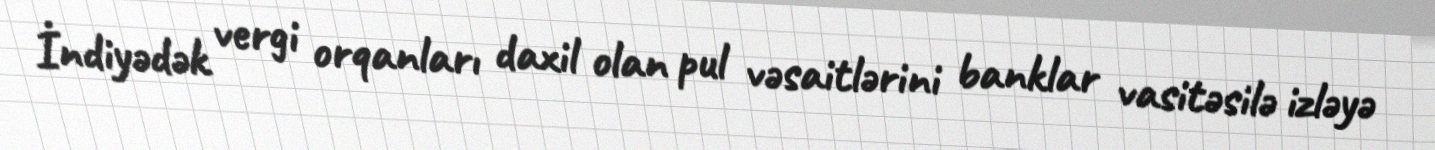
İndiyədək vergi orqanları daxil olan pul vəsaitlərini banklar vasitəsilə izləyə